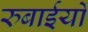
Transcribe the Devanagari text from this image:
रुबाईयों